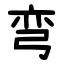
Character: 弯